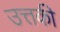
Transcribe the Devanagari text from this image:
उत्तकी